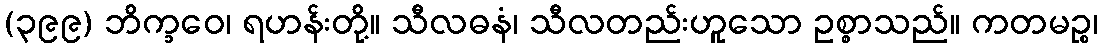
(၃၉၉) ဘိက္ခဝေ၊ ရဟန်းတို့။ သီလဓနံ၊ သီလတည်းဟူသော ဥစ္စာသည်။ ကတမဉ္စ၊